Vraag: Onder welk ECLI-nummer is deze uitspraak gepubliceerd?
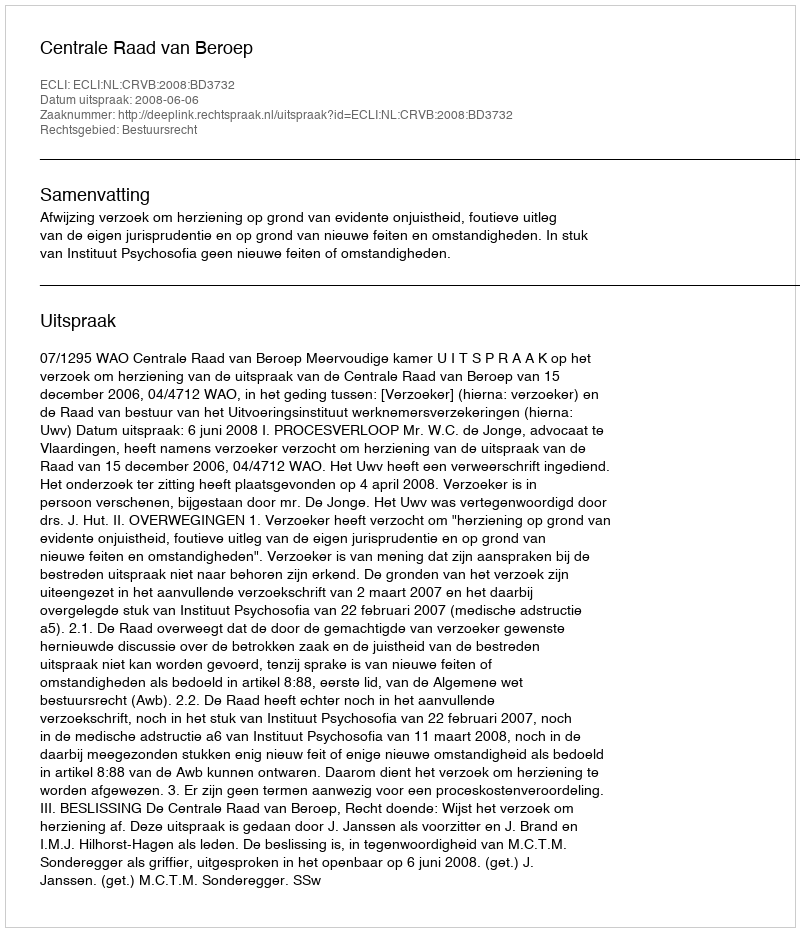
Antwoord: ECLI:NL:CRVB:2008:BD3732